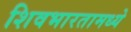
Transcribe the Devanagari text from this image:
शिवभारतामध्ये